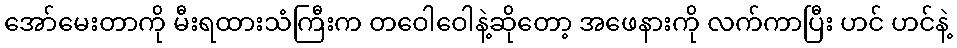
အော်မေးတာကို မီးရထားသံကြီးက တဝေါဝေါနဲ့ဆိုတော့ အဖေနားကို လက်ကာပြီး ဟင် ဟင်နဲ့